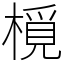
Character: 㯒